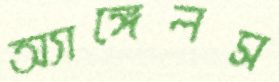
অ্যাঙ্গেলস